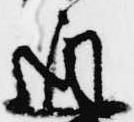
通